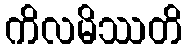
ကိလမိဿတိ